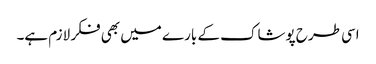
اسی طرح پوشاک کے بارے میں بھی فکر لازم ہے۔